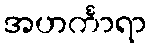
အဟင်္ကာရာ